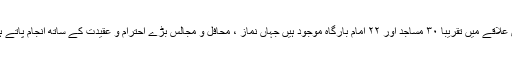
اس علاقے میں تقریبا ۳۰ مساجد اور ۲۲ امام بارگاہ موجود ہیں جہاں نماز ، محافل و مجالس بڑے احترام و عقیدت کے ساتھ انجام پاتے ہیں۔